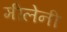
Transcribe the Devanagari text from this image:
मीलेनी